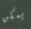
يمكن